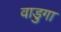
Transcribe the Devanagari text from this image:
वाडुगा